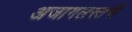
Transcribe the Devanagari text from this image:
अजागलस्तनी